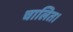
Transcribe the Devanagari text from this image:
चालित।